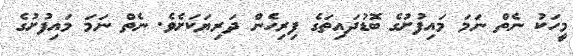
މީހަކު ނެތް ނަމަ މައިފުށުގެ ބޮޑުދައިތަގެ ފިރިހެން ދަރިޔަކަށެވެ. ނެތް ނަމަ މައިފުށުގެ